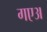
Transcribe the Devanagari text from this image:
गएअ